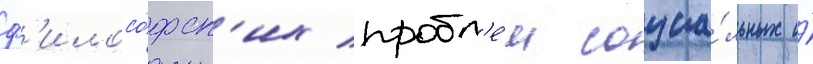
ф'илосо́фск'их пробл'е́м социа́льных и́